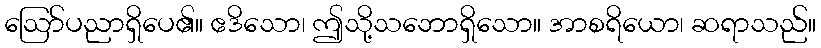
ဩော်ပညာရှိပေ၏။ ဧဒိသော၊ ဤသို့သဘောရှိသော။ အာစရိယော၊ ဆရာသည်။